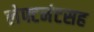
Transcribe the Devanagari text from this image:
लेफ्टनंटसह